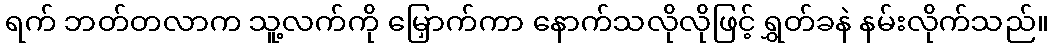
ရက် ဘတ်တလာက သူ့လက်ကို မြှောက်ကာ နောက်သလိုလိုဖြင့် ရွှတ်ခနဲ နမ်းလိုက်သည်။